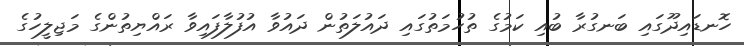
ހޮނޑައިދޫގައި ބަނގުރާ ބުއި ކަމުގެ ތުހުމަތުގައި ދައުލަތުން ދައުވާ އުފުލާފައިވާ ރައްޔިތުންގެ މަޖިލީހުގެ